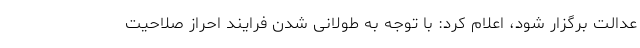
عدالت برگزار شود، اعلام کرد: با توجه به طولانی شدن فرایند احراز صلاحیت